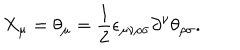
LaTeX: X _ { \mu } = \theta _ { \mu } = \frac { 1 } { 2 } \epsilon _ { \mu \nu \rho \sigma } \partial ^ { \nu } \theta _ { \rho \sigma } .